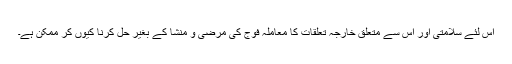
اس لئے سلامتی اور اس سے متعلق خارجہ تعلقات کا معاملہ فوج کی مرضی و منشا کے بغیر حل کرنا کیوں کر ممکن ہے۔